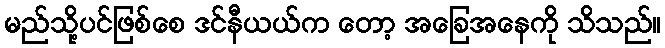
မည်သို့ပင်ဖြစ်စေ ဒင်နီယယ်က တော့ အခြေအနေကို သိသည်။